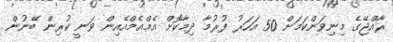
ރާއްޖޭގެ މިނިވަންކަމަށް 50 އަހަރު ފުރުމާ ދިމާކޮށް އެމްއެމްއޭއިން ވަނީ ކުރިން ބޭނުން